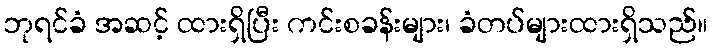
ဘုရင်ခံ အဆင့် ထားရှိပြီး ကင်းစခန်းများ၊ ခံတပ်များထားရှိသည်။